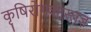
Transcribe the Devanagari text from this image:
कृषिरोगशास्त्रज्ञ